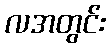
လအတွင်း